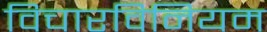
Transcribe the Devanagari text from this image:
विचारविनियम